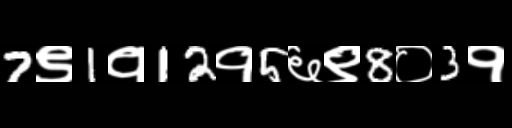
Text: 7९1१12१5६९8०3१